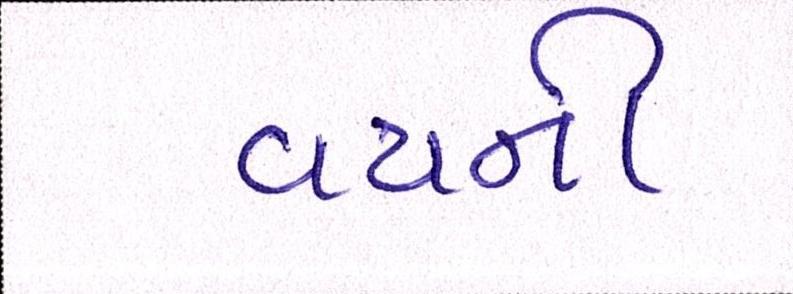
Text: વયની